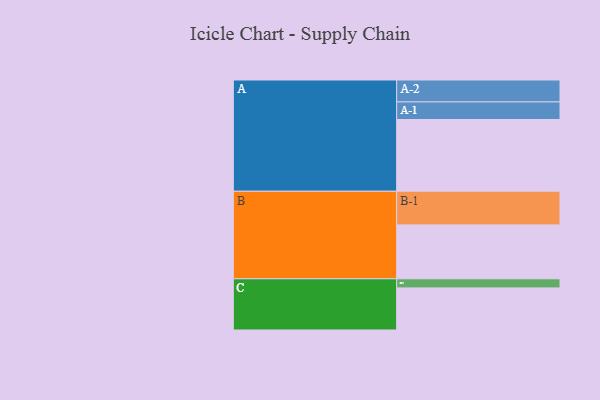
{"axis": {"x": "Segment", "y": "Value"}, "legend": ["", "A", "B", "C"], "data": [{"x": "A", "y": 583, "type": ""}, {"x": "B", "y": 438, "type": ""}, {"x": "C", "y": 342, "type": ""}, {"x": "A-1", "y": 143, "type": "A"}, {"x": "A-2", "y": 178, "type": "A"}, {"x": "B-1", "y": 273, "type": "B"}, {"x": "C-1", "y": 74, "type": "C"}]}